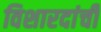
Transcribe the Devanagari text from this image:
विशारदांची